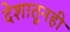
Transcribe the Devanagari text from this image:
देशातूनही